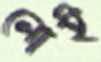
লোই